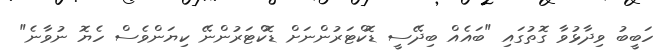
ހަބީބު ވިދާޅުވާ ގޮތުގައި "ބައެއް ބިދޭސީ ޑޮކްޓަރުންނަށް ޑޮކްޓަރުންނޭ ކިޔަންވެސް ހެޔޮ ނުވާނެ"